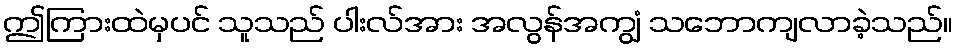
ဤကြားထဲမှပင် သူသည် ပါးလ်အား အလွန်အကျွံ သဘောကျလာခဲ့သည်။